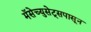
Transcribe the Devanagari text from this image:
मॅसेच्युसेट्सपासून